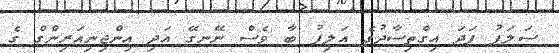
ސަލަފު ފަދަ އިގްތިސާދުގެ އަލިފު ބާ ވެސް ނޭނގޭ އަދި އިންޖިނިއަރިންގް ގެ